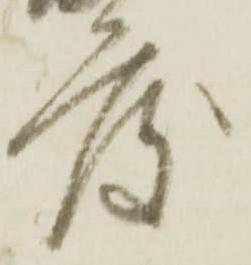
度